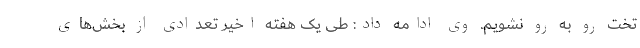
تخت رو به رو نشویم. وی ادامه داد: طی یک هفته اخیر تعدادی از بخش‌های